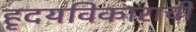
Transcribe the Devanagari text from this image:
हृदयविकाराची